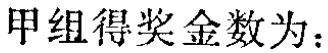
甲组得奖金数为：